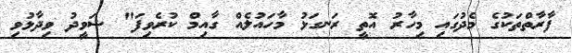
ފާރާތްތަކުގެ މެދުގައި މިހާރު އޮތީ ރަނގަޅު މާހައުލެއް ގާއިމް ކުރެވިފަ" ޝަވީދު ވިދާޅުވި